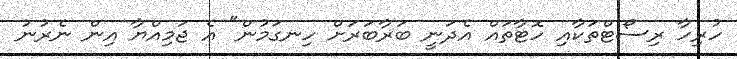
ހުރިހާ ރިސޯޓްތަކާއި ހޮޓާތައް އެދަނީ ބަރާބަރަށް ހިނގަމުން" އެ ޖަމިއްޔާ އިން ނެރުނު